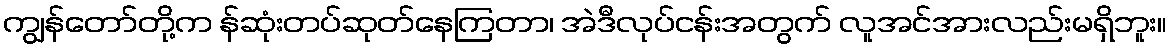
ကျွန်တော်တို့က န်ဆုံးတပ်ဆုတ်နေကြတာ၊ အဲဒီလုပ်ငန်းအတွက် လူအင်အားလည်းမရှိဘူး။